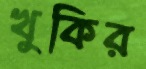
খুকির